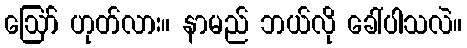
ဪ ဟုတ်လား။ နာမည် ဘယ်လို ခေါ်ပါသလဲ။